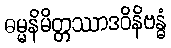
ဓမ္မနိမိတ္တဿာဒဝိနိဗန္ဓံ